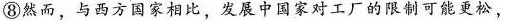
⑧然而，与西方国家相比，发展中国家对工厂的限制可能更松，